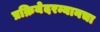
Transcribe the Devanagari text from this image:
प्रक्रियेदरम्यानचा